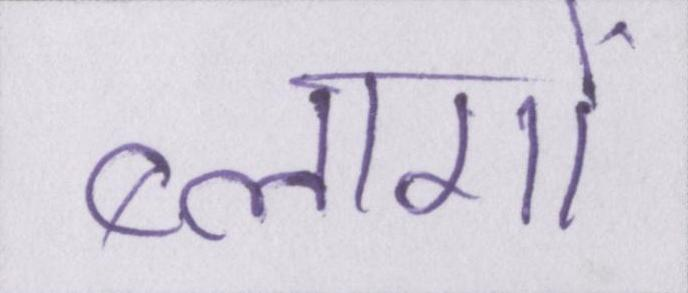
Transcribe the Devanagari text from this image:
ब्लागों